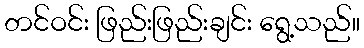
တင်ဝင်း ဖြည်းဖြည်းချင်း ရွေ့သည်။